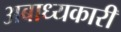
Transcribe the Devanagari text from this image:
अबाध्यकारी